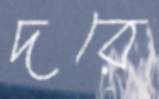
দরে